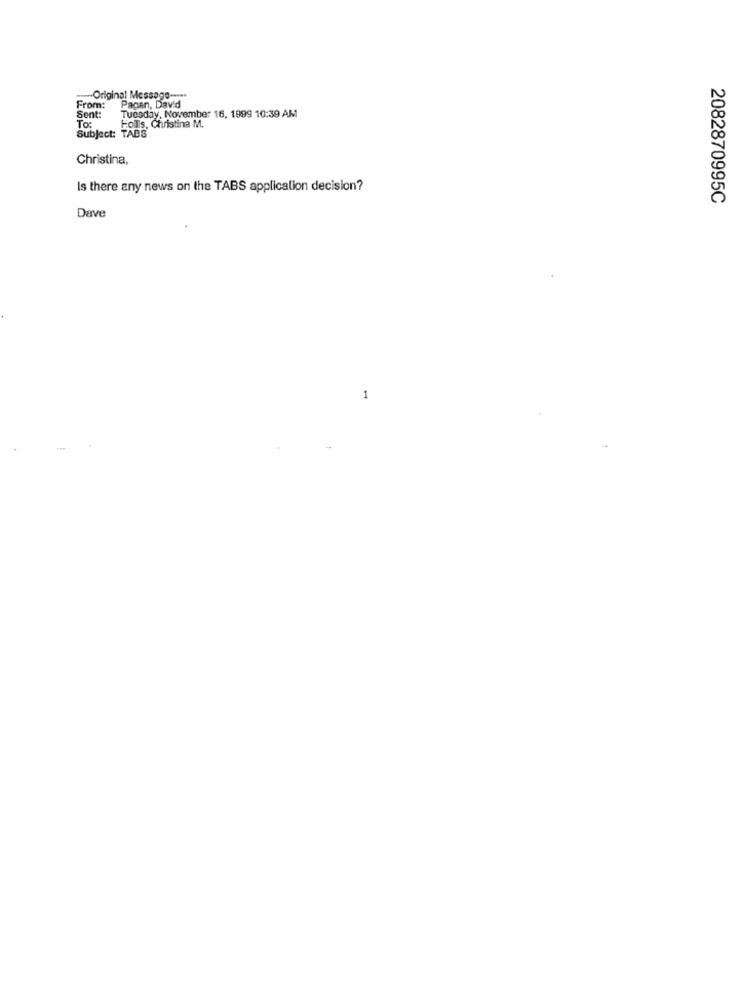
-Original Message -****
From:
Sent:
Pagan, David
Tuesday, November 16, 1999 10:39 AM
Subject: TABS
To:
Folls, Christina M.
Christina,
Is there any news on the TABS application decision?
2082870995C
Dave
1